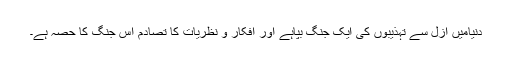
دنیامیں ازل سے تہذیبوں کی ایک جنگ بپاہے اور افکار و نظریات کا تصادم اس جنگ کا حصہ ہے۔